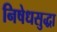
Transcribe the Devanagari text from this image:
निषेधसुद्धा